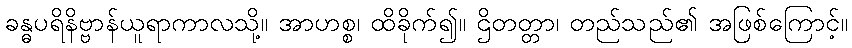
ခန္ဓပရိနိဗ္ဗာန်ယူရာကာလသို့။ အာဟစ္စ၊ ထိခိုက်၍။ ဌိတတ္တာ၊ တည်သည်၏ အဖြစ်ကြောင့်။